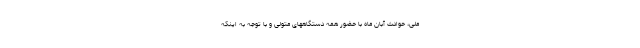
ملی، حوادث آبان ماه با حضور همه دستگاههای متولی و با توجه به اینکه